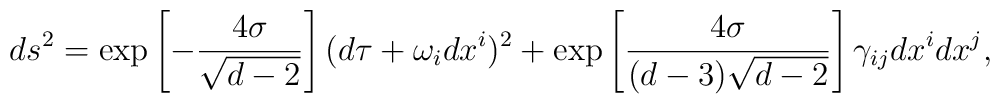
ds^2 = \exp\left[-\frac{4\sigma}{\sqrt{d-2}}\right](d\tau + \omega_i dx^i)^2 +      \exp\left[\frac{4\sigma}{(d-3)\sqrt{d-2}}\right] \gamma_{ij}dx^idx^j,